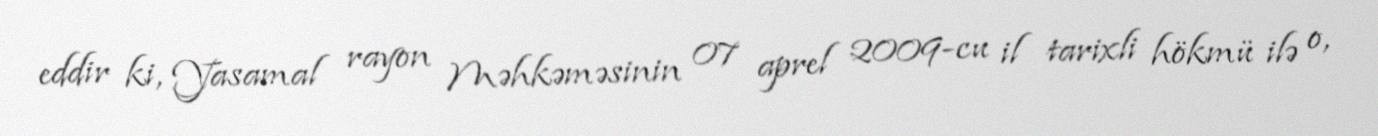
eddir ki, Yasamal rayon Məhkəməsinin 07 aprel 2009-cu il tarixli hökmü ilə o,